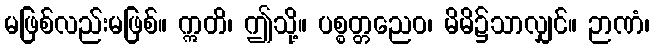
မဖြစ်လည်းမဖြစ်။ ဣတိ၊ ဤသို့။ ပစ္စတ္တညေဝ၊ မိမိ၌သာလျှင်။ ဉာဏံ၊